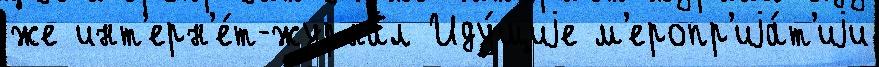
же инт'ерн'е́т-журна́л Иду́щиjе м'еропр'иjа́т'иjи